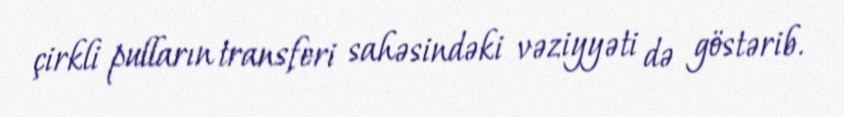
çirkli pulların transferi sahəsindəki vəziyyəti də göstərib.